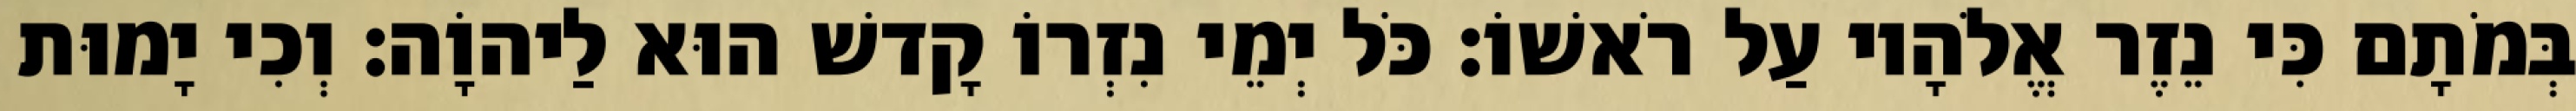
בְּמֹתָם כִּי נֵזֶר אֱלֹהָיו עַל רֹאשׁוֹ׃ כֹּל יְמֵי נִזְרוֹ קָדשׁ הוּא לַיהוָֹה׃ וְכִי יָמוּת